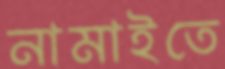
নামাইতে